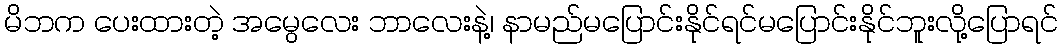
မိဘက ပေးထားတဲ့ အမွေလေး ဘာလေးနဲ့၊ နာမည်မပြောင်းနိုင်ရင်မပြောင်းနိုင်ဘူးလို့ပြောရင်